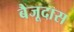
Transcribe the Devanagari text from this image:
बैजूदास